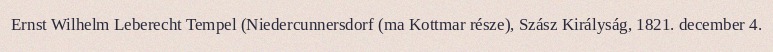
Ernst Wilhelm Leberecht Tempel (Niedercunnersdorf (ma Kottmar része), Szász Királyság, 1821. december 4.